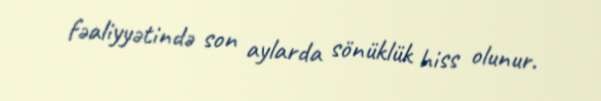
fəaliyyətində son aylarda sönüklük hiss olunur.